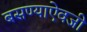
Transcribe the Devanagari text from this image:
बसण्याऐवजी